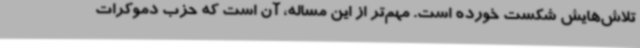
تلاش‌هایش شکست خورده است. مهم‌تر از این مساله، آن است که حزب دموکرات